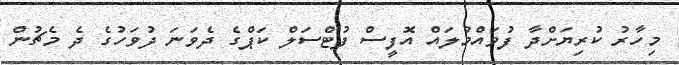
މިހާރު ކުރިޔަށްދާ ފުވައްމުލައް އޮފީސް ފުޓްސަލް ކަޕްގެ ދެވަނަ ދުވަހުގެ ދެ މެޗުން